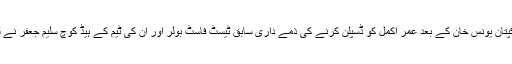
سابق کپتان یونس خان کے بعد عمر اکمل کو ڈسپلن کرنے کی ذمے داری سابق ٹیسٹ فاسٹ بولر اور ان کی ٹیم کے ہیڈ کوچ سلیم جعفر نے لی ہے۔